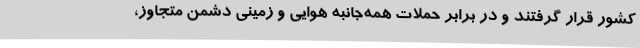
کشور قرار گرفتند و در برابر حملات همه‌جانبه هوایی و زمینی دشمن متجاوز،